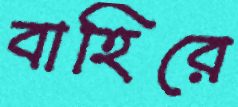
বাহিরে